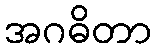
အဂဓိတာ